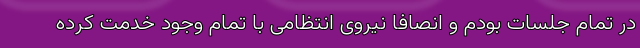
در تمام جلسات بودم و انصافاً نیروی انتظامی با تمام وجود خدمت کرده